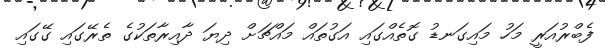
ފެބްރުއަރީ މަހު މައިގަނޑު ގޮތެއްގައި އަގުތައް މައްޗަށް ދިޔަ ދާއިރާތަކުގެ ތެރޭގައި ގޭގައި